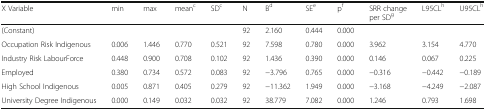
<table><thead><tr><td><b>X Variable</b></td><td><b>min</b></td><td><b>max</b></td><td><b>mean<sup>c</sup></b></td><td><b>SD<sup>c</sup></b></td><td><b>N</b></td><td><b>B<sup>d</sup></b></td><td><b>SE<sup>e</sup></b></td><td><b>p<sup>f</sup></b></td><td><b>SRR change per SD<sup>g</sup></b></td><td><b>L95CL<sup>h</sup></b></td><td><b>U95CL<sup>h</sup></b></td></tr></thead><tbody><tr><td>(Constant)</td><td></td><td></td><td></td><td></td><td>92</td><td>2.160</td><td>0.444</td><td>0.000</td><td></td><td></td><td></td></tr><tr><td>Occupation Risk Indigenous</td><td>0.006</td><td>1.446</td><td>0.770</td><td>0.521</td><td>92</td><td>7.598</td><td>0.780</td><td>0.000</td><td>3.962</td><td>3.154</td><td>4.770</td></tr><tr><td>Industry Risk LabourForce</td><td>0.448</td><td>0.900</td><td>0.708</td><td>0.102</td><td>92</td><td>1.436</td><td>0.390</td><td>0.000</td><td>0.146</td><td>0.067</td><td>0.225</td></tr><tr><td>Employed</td><td>0.380</td><td>0.734</td><td>0.572</td><td>0.083</td><td>92</td><td>−3.796</td><td>0.765</td><td>0.000</td><td>−0.316</td><td>−0.442</td><td>−0.189</td></tr><tr><td>High School Indigenous</td><td>0.005</td><td>0.871</td><td>0.405</td><td>0.279</td><td>92</td><td>−11.362</td><td>1.949</td><td>0.000</td><td>−3.168</td><td>−4.249</td><td>−2.087</td></tr><tr><td>University Degree Indigenous</td><td>0.000</td><td>0.149</td><td>0.032</td><td>0.032</td><td>92</td><td>38.779</td><td>7.082</td><td>0.000</td><td>1.246</td><td>0.793</td><td>1.698</td></tr></tbody></table>